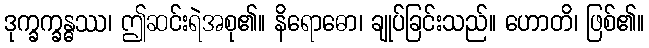
ဒုက္ခက္ခန္ဓဿ၊ ဤဆင်းရဲအစု၏။ နိရောဓော၊ ချုပ်ခြင်းသည်။ ဟောတိ၊ ဖြစ်၏။